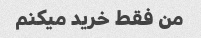
من فقط خرید میکنم